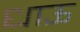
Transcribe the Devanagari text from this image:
धाऊ